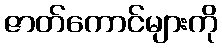
ဇာတ်ကောင်များကို